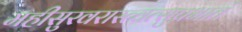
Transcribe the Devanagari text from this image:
महीसुरवरास्त्वत्सुप्रभातं